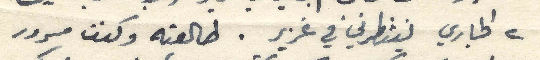
٢ الجاري ينتظرني في غزير. طالعته وكنت مسرور